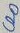
Text: C20